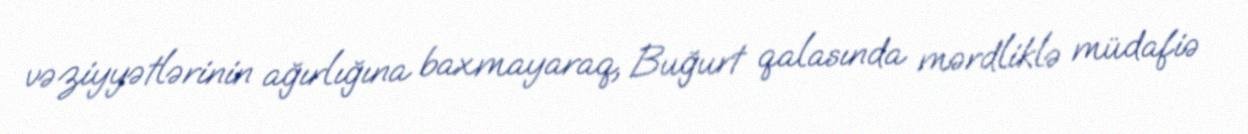
vəziyyətlərinin ağırlığına baxmayaraq, Buğurt qalasında mərdliklə müdafiə